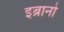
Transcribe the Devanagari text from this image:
इब्रानो